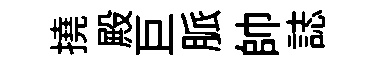
撓殿巨脈帥誌